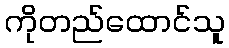
ကိုတည်ထောင်သူ